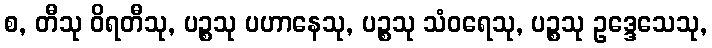
စ, တီသု ဝိရတီသု, ပဉ္စသု ပဟာနေသု, ပဉ္စသု သံဝရေသု, ပဉ္စသု ဥဒ္ဒေသေသု,